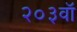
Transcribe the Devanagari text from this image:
२०३वॉ